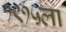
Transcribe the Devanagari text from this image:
१९१५ला